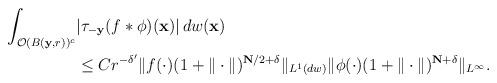
LaTeX: \begin{align*}\int_{\mathcal{O}(B(\mathbf{y},r))^{c}} & |\tau_{-\mathbf y}(f*\phi)(\mathbf x)| \, dw(\mathbf x) \\&\leq Cr^{-\delta'}\|f(\cdot)(1+\|\cdot\|)^{\mathbf{N}/2+\delta}\|_{L^1(dw)}\|\phi(\cdot)(1+\|\cdot\|)^{\mathbf{N}+\delta}\|_{L^{\infty}}.\end{align*}